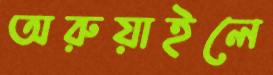
অরুয়াইলে